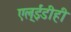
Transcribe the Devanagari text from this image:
एल्‌ईडीही